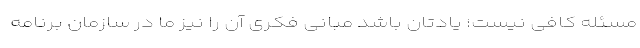
مسئله کافی نیست؛ یادتان باشد مبانی فکری آن را نیز ما در سازمان برنامه